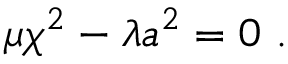
\mu \chi ^ { 2 } - \lambda a ^ { 2 } = 0 ~ .